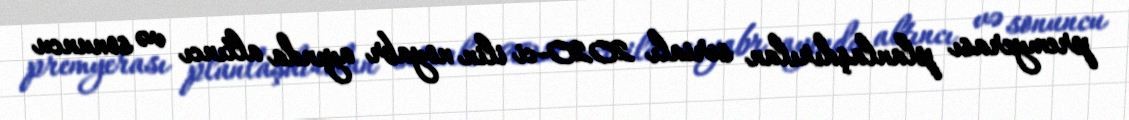
premyerası planlaşdırılan serialı 2020-ci ilin noyabr ayında altıncı və sonuncu